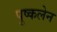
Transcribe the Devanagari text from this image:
पुष्कलेन